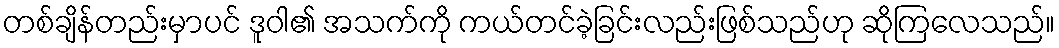
တစ်ချိန်တည်းမှာပင် ဒူဝါ၏ အသက်ကို ကယ်တင်ခဲ့ခြင်းလည်းဖြစ်သည်ဟု ဆိုကြလေသည်။